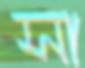
সা